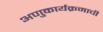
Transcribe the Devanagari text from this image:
अणुकार्यक्रमाची